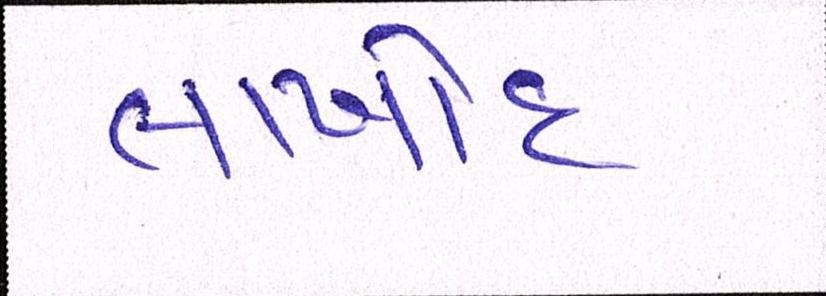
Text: લાખોંદ